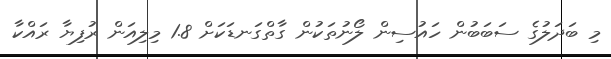
މި ބަދަލުގެ ސަބަބުން ހައުސިން ލޯނުތަކުން ގާތްގަނޑަކަށް 1.8 މިލިއަން ރުފިޔާ ރައްކާ